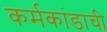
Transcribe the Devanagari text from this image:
कर्मकांडाची